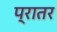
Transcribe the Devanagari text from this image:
प्रातर